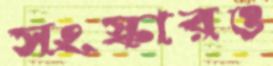
সংস্কারও